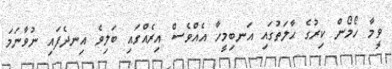
ވީމާ ހޯމޯން ކިރުގެ ޙާލަތުގައި އަނބިމީހާ އެއްވެސް އިރެއްގައި ބަލިވެ އިނދެފައި ނުވާނަމަ